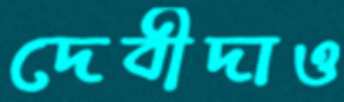
দেবীদাও